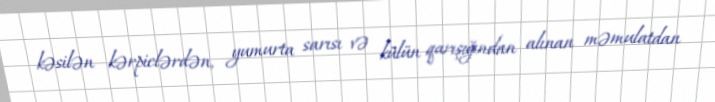
kəsilən kərpiclərdən, yumurta sarısı və külün qarışığından alınan məmulatdan